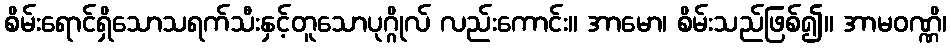
စိမ်းရောင်ရှိသောသရက်သီးနှင့်တူသောပုဂ္ဂိုလ် လည်းကောင်း။ အာမော၊ စိမ်းသည်ဖြစ်၍။ အာမဝဏ္ဏိ၊